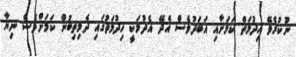
ނުކުރެވޭ ހިދުމަތް ކަމަށާއި އަބަދުވެސް އެދޭ އެދުމަކީ ހިދުމަތުގައި ދެމިތިބުން ކަމަށްވެސް ނިޔާ